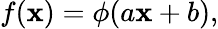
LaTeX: f(\mathbf{x})=\phi(a\mathbf{x}+b),